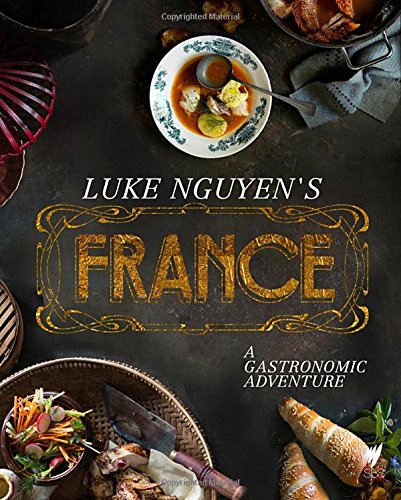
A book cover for Luke Nguyen's France: A Gastronomic Adventure; Luke Nguyen; Cookbooks, Food & Wine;